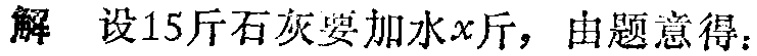
解 设15斤石灰要加水\(x\)斤，由题意得：